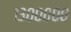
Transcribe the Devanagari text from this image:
१३०००००